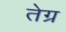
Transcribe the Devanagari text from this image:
तेग्र